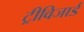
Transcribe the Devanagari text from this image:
ट्रीविजार्ड